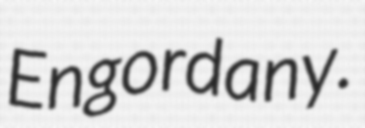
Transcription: Engordany.